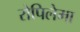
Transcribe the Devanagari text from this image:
रोपिलेमा